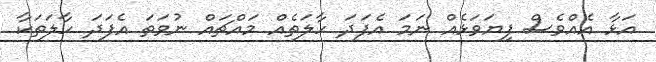
އަޅާ އެއްވެސް ފިޔަވަޅެއް ނަމަ އެފަދަ ހާލަތެއް މައްޗައް ނުވަތަ އެފަދަ ހާލަތަކާ